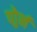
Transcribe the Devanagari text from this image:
पोर्र्न